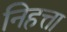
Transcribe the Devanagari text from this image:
निहत्ता